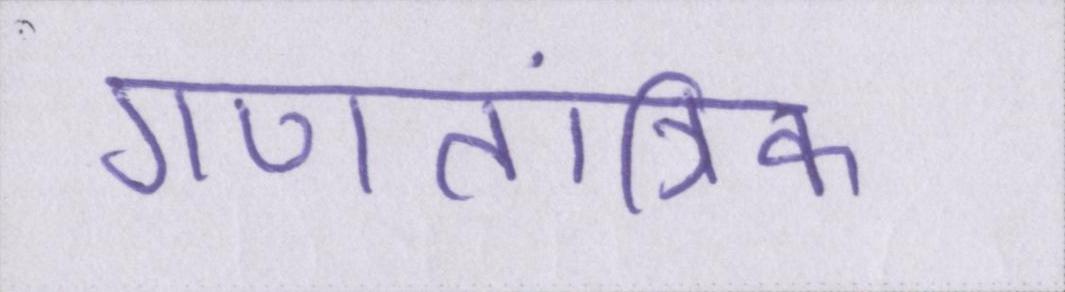
गणतांत्रिक